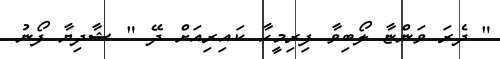
" ދެރަ ވަންޏާ ލޯބިވާ ފިރިމީހާ ކައިރިއަށް ދޭ " ޝާދިޔާ ފޯނު